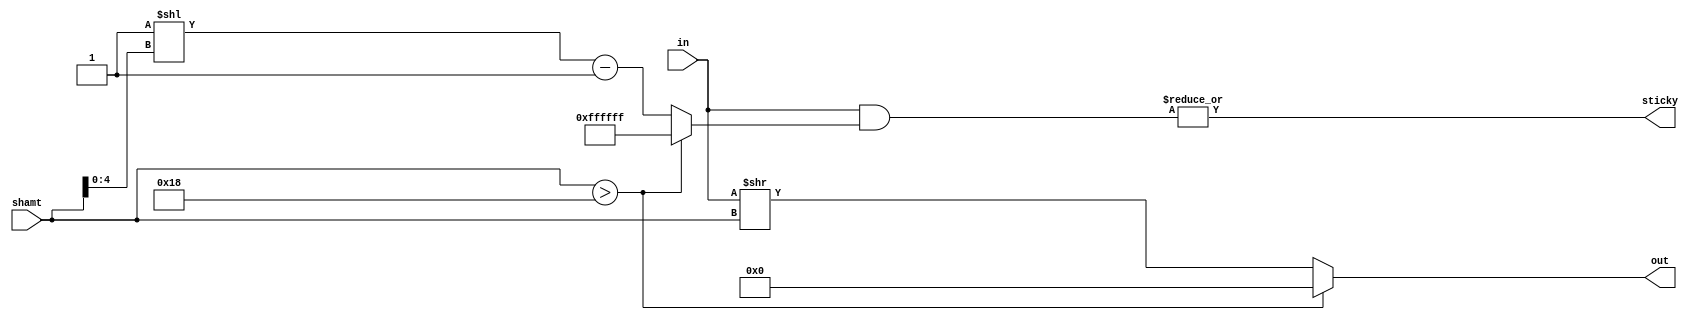
/*
 * Copyright (c) 2023-2024 C*Core Technology Co.,Ltd,Suzhou.
 * Ventus-RTL is licensed under Mulan PSL v2.
 * You can use this software according to the terms and conditions of the Mulan PSL v2.
 * You may obtain a copy of Mulan PSL v2 at:
 *          http://license.coscl.org.cn/MulanPSL2
 * THIS SOFTWARE IS PROVIDED ON AN "AS IS" BASIS, WITHOUT WARRANTIES OF ANY KIND,
 * EITHER EXPRESS OR IMPLIED, INCLUDING BUT NOT LIMITED TO NON-INFRINGEMENT,
 * MERCHANTABILITY OR FIT FOR A PARTICULAR PURPOSE.
 * See the Mulan PSL v2 for more details. */
// Description: Right shift module

`timescale 1ns/1ns

module shift_right_jam #(
  parameter LEN = 24,
  parameter EXP = 8
)(
  input  [LEN-1:0] in    ,
  input  [EXP-1:0] shamt ,
  output [LEN-1:0] out   ,
  output           sticky
);
  
  wire           exceed_max_shift;
  wire [LEN-1:0] shamt_shift     ;
  wire [LEN-1:0] sticy_mask      ;

  wire [$clog2(LEN+1)-1:0] shamt_real;
  assign shamt_real = shamt[$clog2(LEN+1)-1:0];

  assign exceed_max_shift = shamt > LEN                          ;
  //assign shamt_shift      = (1'b1 << shamt) - 1                  ;
  //assign sticy_mask       = shamt_shift | {LEN{exceed_max_shift}};
  assign sticy_mask       = exceed_max_shift ? {LEN{1'b1}} : ((1'b1 << shamt_real)-1);
  assign out              = exceed_max_shift ? 'd0 : (in>>shamt) ;
  assign sticky           = |(in & sticy_mask)                   ;

endmodule